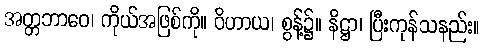
အတ္တဘာဝေ၊ ကိုယ်အဖြစ်ကို။ ဝိဟာယ၊ စွန့်၌။ နိဋ္ဌာ၊ ပြီးကုန်သနည်း။